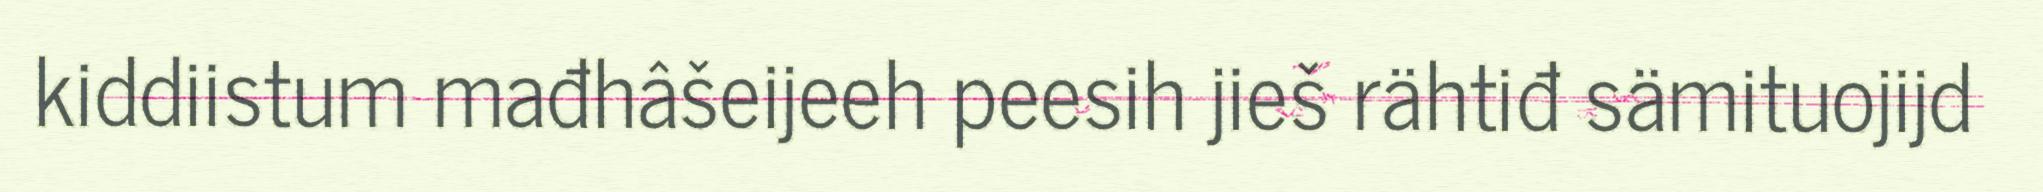
kiddiistum mađhâšeijeeh peesih jieš rähtiđ sämituojijd